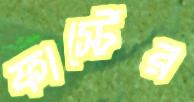
ফার্স্টের